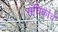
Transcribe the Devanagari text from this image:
संचिकांचे